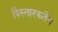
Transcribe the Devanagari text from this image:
विस्तारकर्तेच